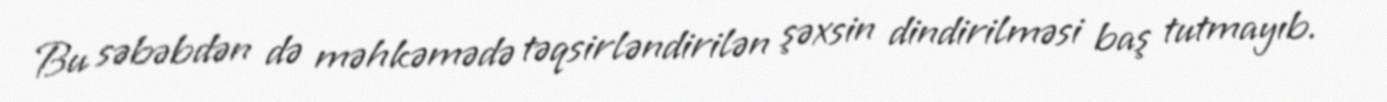
Bu səbəbdən də məhkəmədə təqsirləndirilən şəxsin dindirilməsi baş tutmayıb.